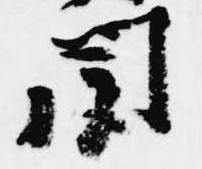
聞